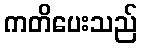
ကတိပေးသည်